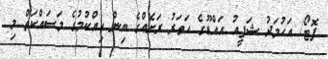
ފޮޓޯ/ އަހުމަދު ޝަފީއު އައްޑޫގެ ހަތަރު ރަށެއްގެ ބިން ހިއްކުމުގެ މަސައްކަތް މި